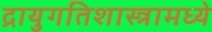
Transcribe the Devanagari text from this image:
द्रायुगतिशास्त्रामध्ये